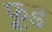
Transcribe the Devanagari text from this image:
फू़्ड